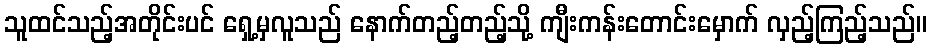
သူထင်သည့်အတိုင်းပင် ရှေ့မှလူသည် နောက်တည့်တည့်သို့ ကျီးကန်းတောင်းမှောက် လှည့်ကြည့်သည်။